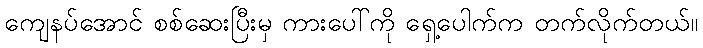
ကျေနပ်အောင် စစ်ဆေးပြီးမှ ကားပေါ်ကို ရှေ့ပေါက်က တက်လိုက်တယ်။